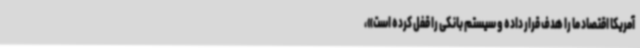
آمریکا اقتصاد ما را هدف قرار داده و سیستم بانکی را قفل کرده است»،